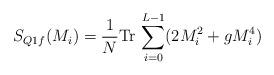
LaTeX: \begin{align*}S_{Q1f} (M_i ) = \frac{1}{N} \mbox{Tr} \, \sum_{i=0}^{L-1} (2M_i^2 + gM_i^4 )\end{align*}